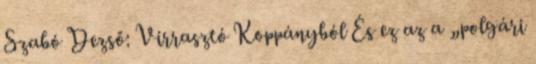
Szabó Dezső: Virrasztó Koppányból És ez az a „polgári